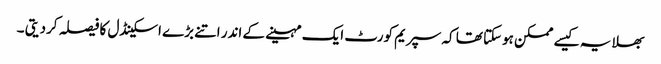
بھلا یہ کیسے ممکن ہوسکتا تھا کہ سپریم کورٹ ایک مہینے کے اندر اتنے بڑے اسکینڈل کا فیصلہ کردیتی ۔